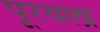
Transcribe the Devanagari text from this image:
पूरवला